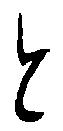
と